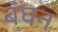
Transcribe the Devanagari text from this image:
बंघन